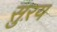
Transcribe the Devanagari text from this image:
सुऱय